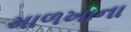
માળખાના